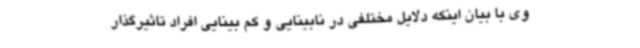
وی با بیان اینکه دلایل مختلفی در نابینایی و کم بینایی افراد تاثیرگذار